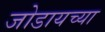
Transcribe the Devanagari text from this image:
जोडायच्या